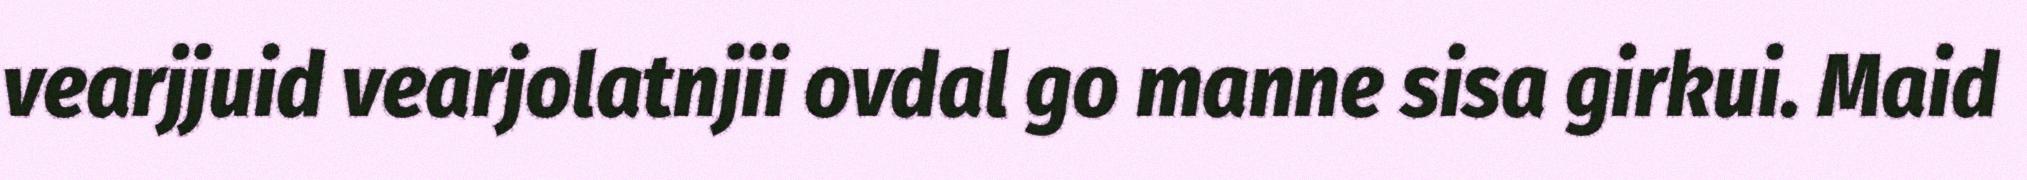
vearjjuid vearjolatnjii ovdal go manne sisa girkui. Maid